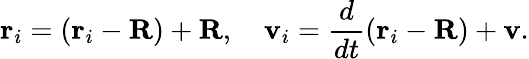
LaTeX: \mathbf{r}_{i}=(\mathbf{r}_{i}-\mathbf{R})+\mathbf{R},\quad\mathbf{v}_{i}={\frac{d}{dt}}(\mathbf{r}_{i}-\mathbf{R})+\mathbf{v}.